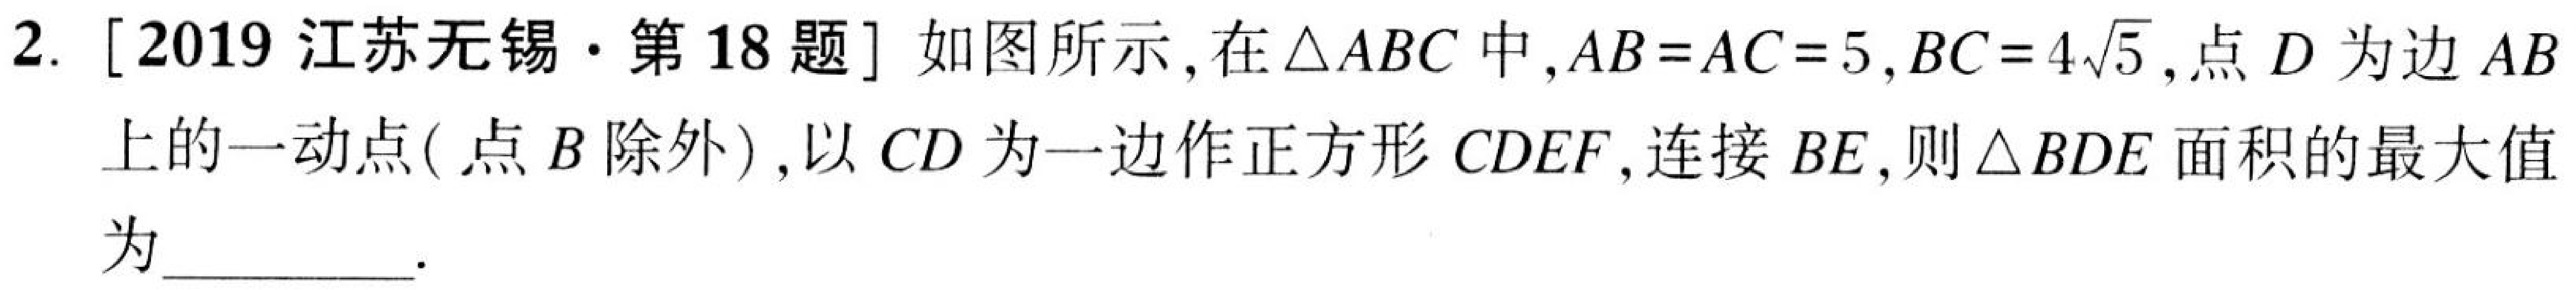
2. \([2019\)江苏无锡·第\(18\)题\(]\)如图所示，在\(\triangle ABC\)中，\(AB = AC = 5\)，\(BC = 4\sqrt{5}\)，点\(D\)为边\(AB\)上的一动点( 点\(B\)除外)，以\(CD\)为一边作正方形\(CDEF\)，连接\(BE\)，则\(\triangle BDE\)面积的最大值为\(\underline{\quad\quad}\).